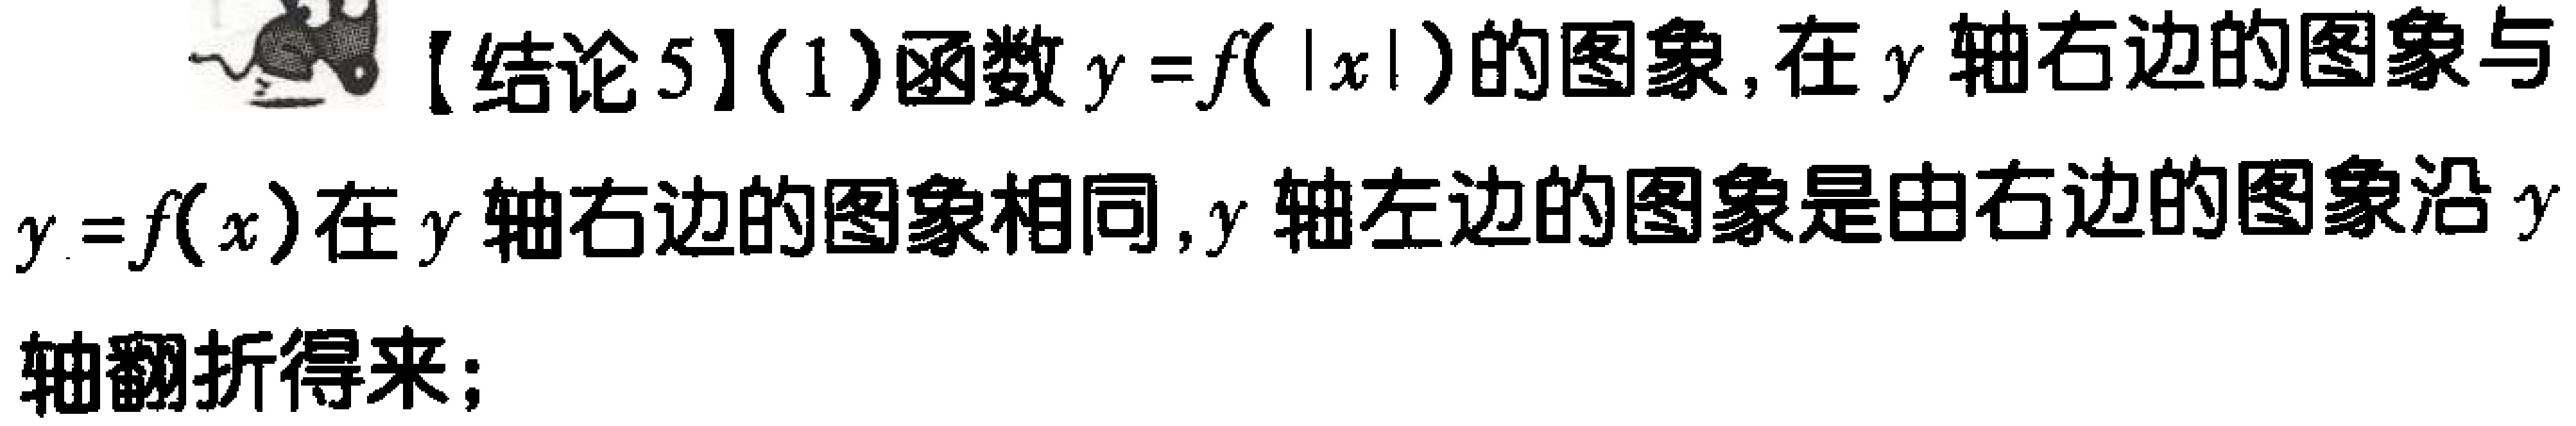
【结论5】(1)函数\(y = f(|x|)\)的图象，在\(y\)轴右边的图象与\(y = f(x)\)在\(y\)轴右边的图象相同，\(y\)轴左边的图象是由右边的图象沿\(y\)轴翻折得来；